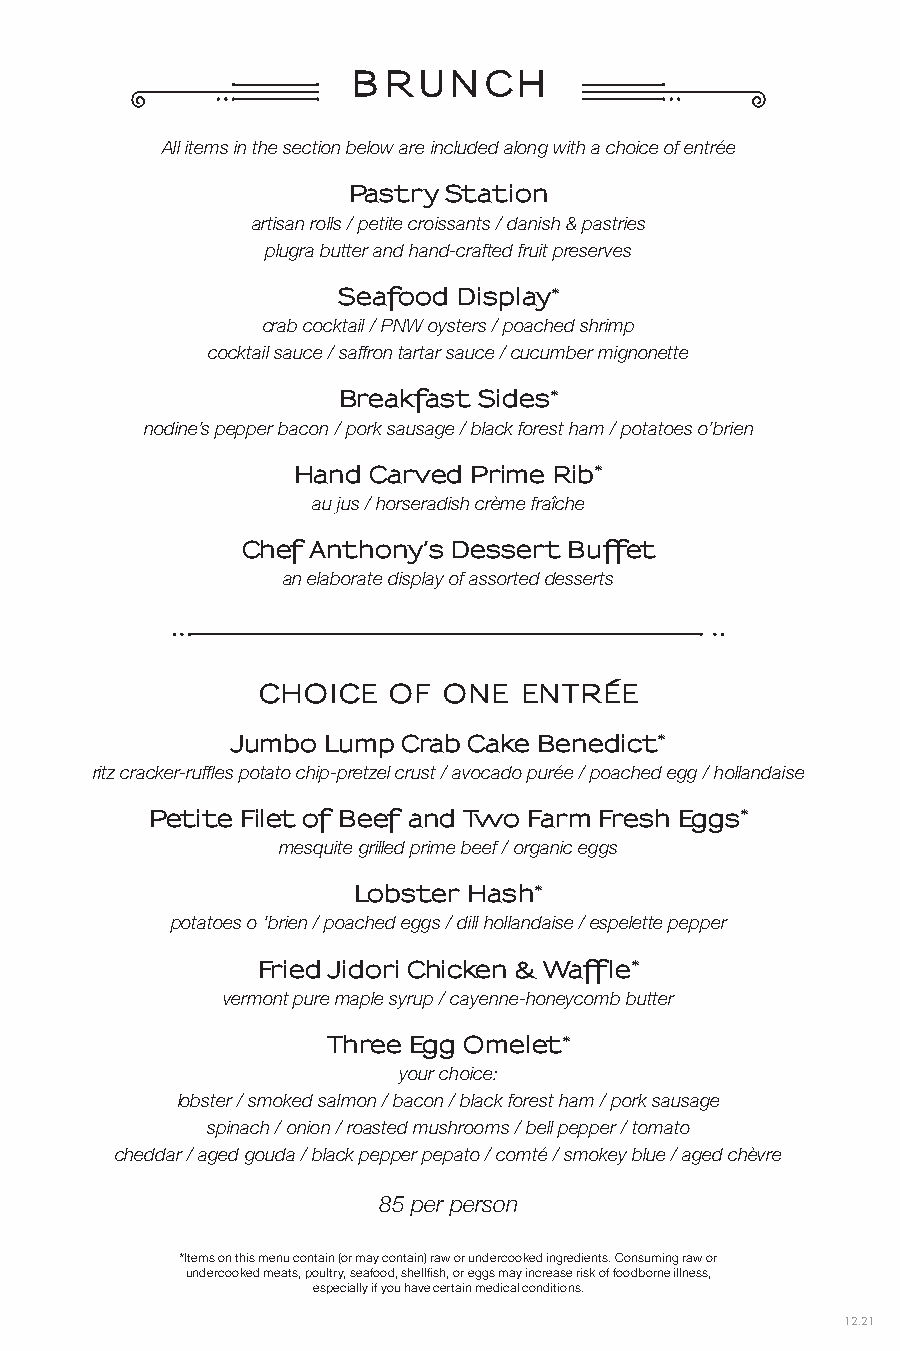
B R  UNC   H
 All items in the section below are included along with a choice of entrée
 Pastry Station
 artisan rolls / petite croissants / danish & pastries
 plugra butter and hand-crafted fruit preserves
 Seafood Display*
 crab cocktail / PNW oysters / poached shrimp
 cocktail sauce / saffron tartar sauce / cucumber mignonette
 Breakfast Sides*
 nodine’s pepper bacon / pork sausage / black forest ham / potatoes o’brien
 Hand Carved Prime Rib*
 au jus / horseradish crème fraîche
 Chef Anthony’s Dessert Buffet
 an elaborate display of assorted desserts
 CHOICE   OF ONE  ENTRÉE
 Jumbo Lump  Crab Cake Benedict*
 ritz cracker-ruffles potato chip-pretzel crust / avocado purée / poached egg / hollandaise
 Petite Filet of Beef and Two Farm Fresh Eggs*
 mesquite grilled prime beef / organic eggs
 Lobster Hash*
 potatoes o ‘brien / poached eggs / dill hollandaise / espelette pepper
 Fried Jidori Chicken & Waffle*
 vermont pure maple syrup / cayenne-honeycomb butter
 Three Egg Omelet*
 your choice:
 lobster / smoked salmon / bacon / black forest ham / pork sausage
 spinach / onion / roasted mushrooms / bell pepper / tomato
 cheddar / aged gouda / black pepper pepato / comté / smokey blue / aged chèvre
 85 per person
 *Items on this menu contain (or may contain) raw or undercooked ingredients. Consuming raw or
 undercooked meats, poultry, seafood, shellfish, or eggs may increase risk of foodborne illness,
 especially if you have certain medical conditions.
 12.21